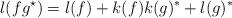
LaTeX: \begin{align*}l(fg^\star)=l(f)+k(f)k(g)^\ast+l(g)^\ast\end{align*}